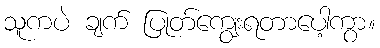
သူကပဲ ချက် ပြုတ်ကျွေးရတာပေါ့ကွာ။